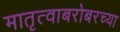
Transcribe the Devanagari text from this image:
मातृत्वाबरोबरच्या